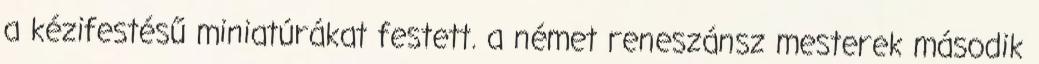
a kézifestésű miniatúrákat festett. a német reneszánsz mesterek második